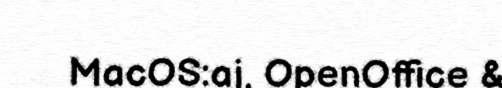
MacOS:aj, OpenOffice &